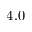
4 . 0